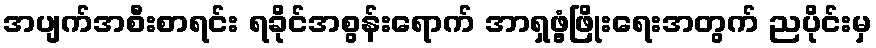
အပျက်အစီးစာရင်း ရခိုင်အစွန်းရောက် အာရှဖွံ့ဖြိုးရေးအတွက် ညပိုင်းမှ